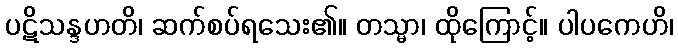
ပဋိသန္ဒဟတိ၊ ဆက်စပ်ရသေး၏။ တသ္မာ၊ ထိုကြောင့်။ ပါပကေဟိ၊